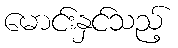
မောင်းနှင်သည့်